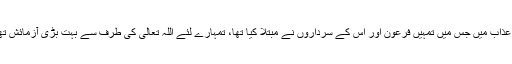
“ یعنی عظیم نعمت تھی یا (اس کا معنی یہ بھی ہوسکتا ہے کہ) اس عذاب میں جس میں تمہیں فرعون اور اس کے سرداروں نے مبتلا کیا تھا، تمہارے لئے اللہ تعالیٰ کی طرف سے بہت بڑی آزمائش تھی تاکہ وہ دیکھے کہ آیا تم اس سے عبرت حاصل کرتے ہو یا نہیں۔